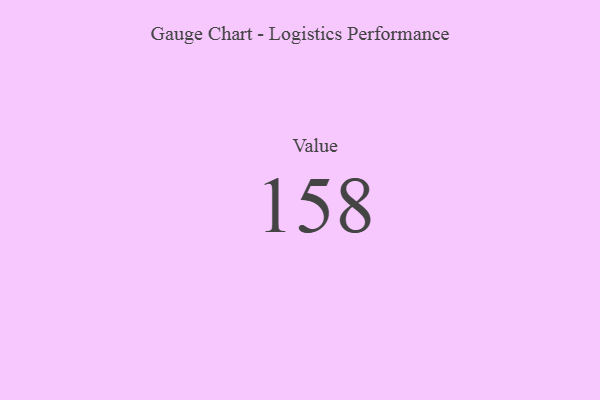
{"axis": {"x": "Metric", "y": "Value"}, "legend": [""], "data": [{"x": "Value", "y": 158, "type": ""}]}